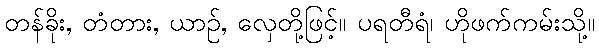
တန်ခိုး, တံတား, ယာဉ်, လှေတို့ဖြင့်။ ပရတီရံ၊ ဟိုဖက်ကမ်းသို့။